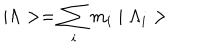
LaTeX: \mid \Lambda > = \sum _ { i } m _ { i } \mid \Lambda _ { i } >